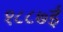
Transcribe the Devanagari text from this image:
१८८७ई